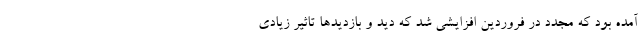
آمده بود که مجدد در فروردین افزایشی شد که دید و بازدیدها تاثیر زیادی